Leprosy in India: report of the Leprosy Commission in India, 1890-91
Year: 1890
Disease focus: Leprosy
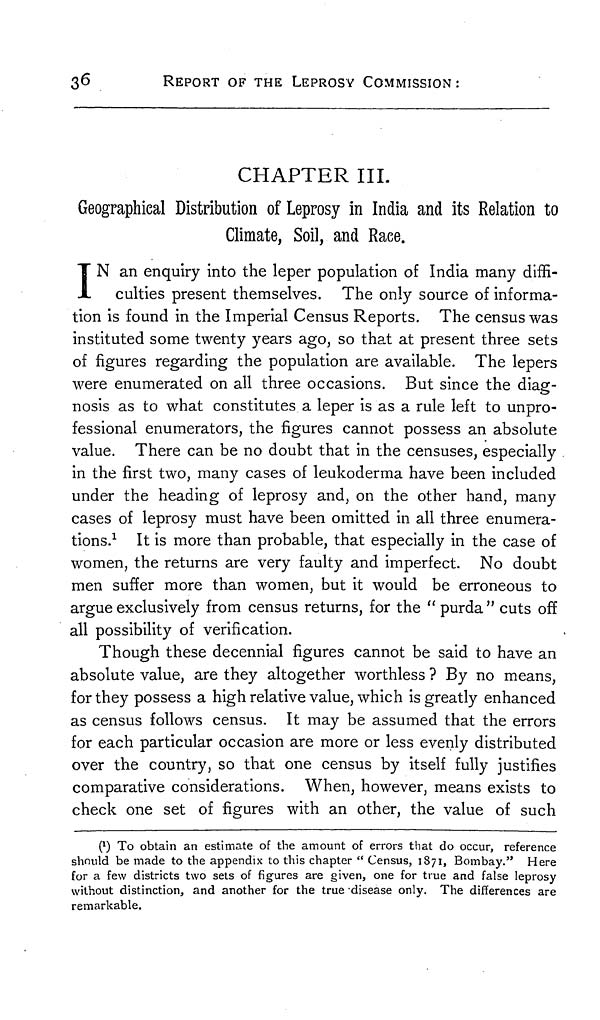
36
REPORT OF THE LEPROSY COMMISSION :
CHAPTER III.
Geographical Distribution of Leprosy in India and its Relation to
Climate, Soil, and Raee.
I N an enquiry into the leper population of India many diffi-
culties present themselves. The only source of informa-
tion is found in the Imperial Census Reports. The census was
instituted some twenty years ago, so that at present three sets
of figures regarding the population are available. The lepers
were enumerated on all three occasions. But since the diag-
nosis as to what constitutes a leper is as a rule left to unpro-
fessional enumerators, the figures cannot possess an absolute
value. There can be no doubt that in the censuses, especially
in the first two, many cases of leukoderma have been included
under the heading of leprosy and, on the other hand, many
cases of leprosy must have been omitted in all three enumera-
tions. 1 It is more than probable, that especially in the case of
women, the returns are very faulty and imperfect. No doubt
men surfer more than women, but it would be erroneous to
argue exclusively from census returns, for the " purda" cuts off
all possibility of verification.
Though these decennial figures cannot be said to have an
absolute value, are they altogether worthless ? By no means,
for they possess a high relative value, which is greatly enhanced
as census follows census. It may be assumed that the errors
for each particular occasion are more or less evenly distributed
over the country, so that one census by itself fully justifies
comparative considerations. When, however, means exists to
check one set of figures with an other, the value of such
( 1 ) To obtain an estimate of the amount of errors that do occur, reference
should be made to the appendix to this chapter " Census, 1871, Bombay." Here
for a few districts two sets of figures are given, one for true and false leprosy
without distinction, and another for the true disease only. The differences are
remarkable.